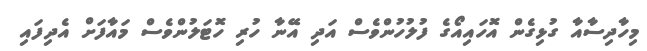
މިހާދިސާއާ ގުޅިގެން އޮހައިއޯގެ ފުލުހުންވެސް އަދި އޭނާ ހުރި ހޮޓަލުންވެސް މައާފަށް އެދިފައި